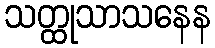
သတ္ထုသာသနေန